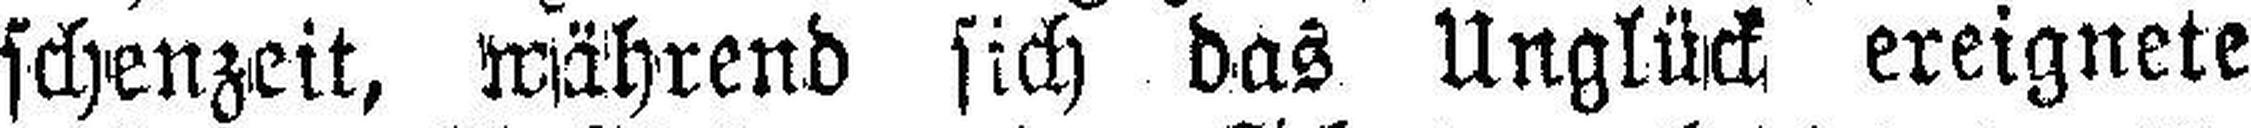
schenzeit, während sich das Unglück ereignete